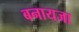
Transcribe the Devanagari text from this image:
बनायजा